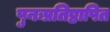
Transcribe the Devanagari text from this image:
पुनःप्रतिष्ठापित